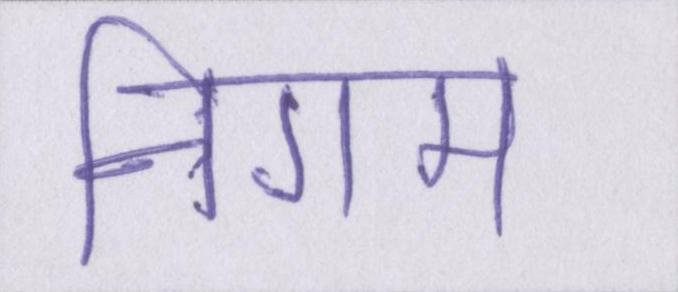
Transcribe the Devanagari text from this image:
निगम